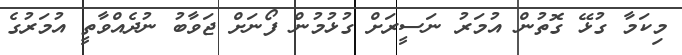
މިކަމާ ގުޅޭ ގޮތުން އުމަރު ނަސީރަށް ގުޅުމުން ފޯނަށް ޖަވާބު ނުދެއްވާތީ އުމަރުގެ